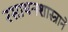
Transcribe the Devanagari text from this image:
रसायनशास्त्राने